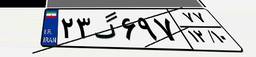
۲۳گ۶۹۷۷۷